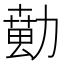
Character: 𱐵